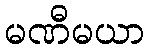
မဏီမယာ